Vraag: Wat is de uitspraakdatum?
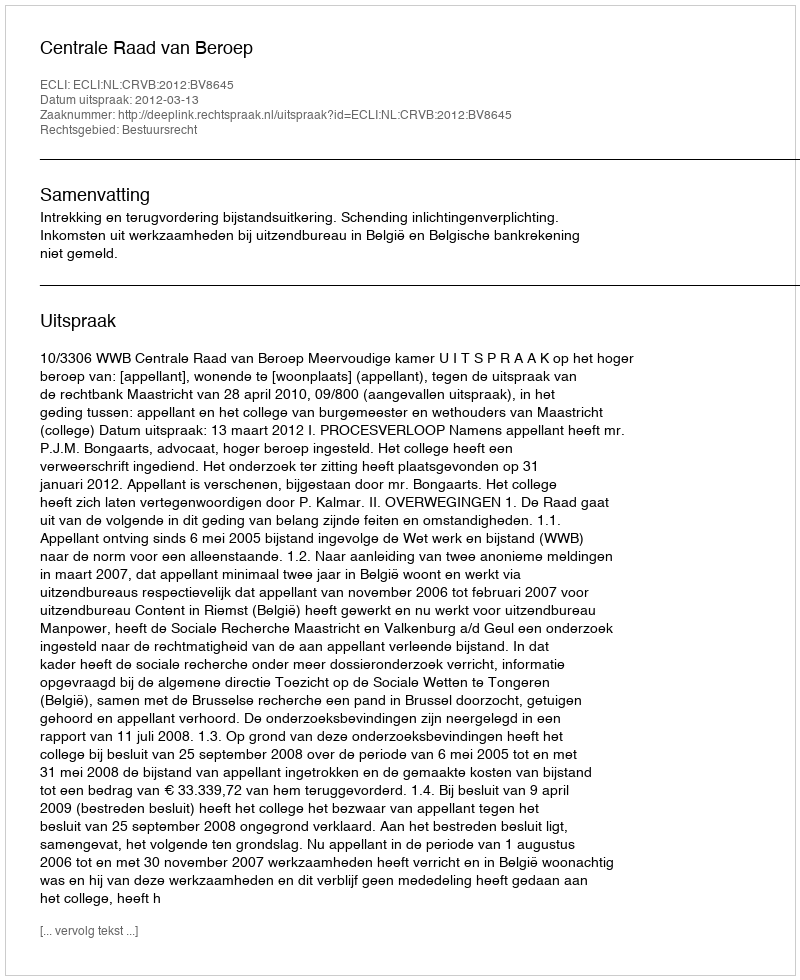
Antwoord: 2012-03-13